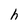
Character: h